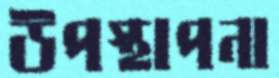
উপস্থাপনা